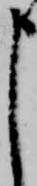
申